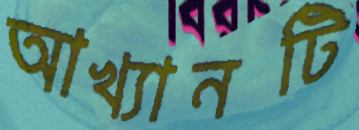
আখ্যানটি